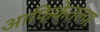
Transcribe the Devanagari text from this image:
आफिकेतल्या